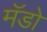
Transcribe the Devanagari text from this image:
मॅडो